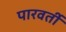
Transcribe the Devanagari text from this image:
पारवर्ती